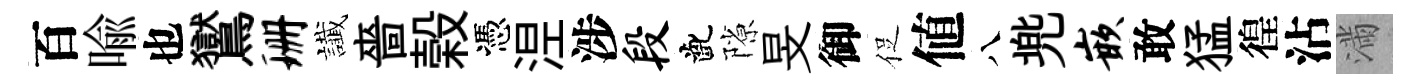
百喩也鸑珊䜟嗇榖憑𣵀涉段齔隙旻御促値八兠嵌敢猛徨沾滿